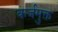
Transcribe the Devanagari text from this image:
कर्जमुक्त